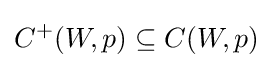
C^{+}(W,p)\subseteq C(W,p)